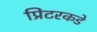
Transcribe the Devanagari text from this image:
प्रिंटरकडे